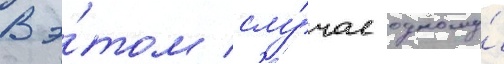
В э́том слу́чае одному́